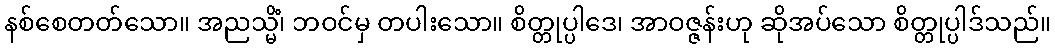
နစ်စေတတ်သော။ အညသ္မိံ၊ ဘဝင်မှ တပါးသော။ စိတ္တုပ္ပါဒေ၊ အာဝဇ္ဇန်းဟု ဆိုအပ်သော စိတ္တုပ္ပါဒ်သည်။